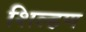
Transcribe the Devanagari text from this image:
शिल्हण